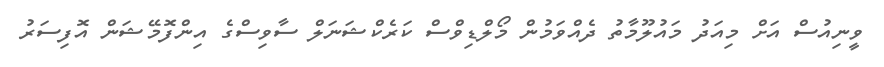
ވީނިއުސް އަށް މިއަދު މައުލޫމާތު ދެއްވަމުން މޯލްޑިވްސް ކަރެކްޝަނަލް ސާވިސްގެ އިންފޮމޭޝަން އޮފިސަރު